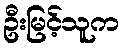
ဦးမြင့်သူက